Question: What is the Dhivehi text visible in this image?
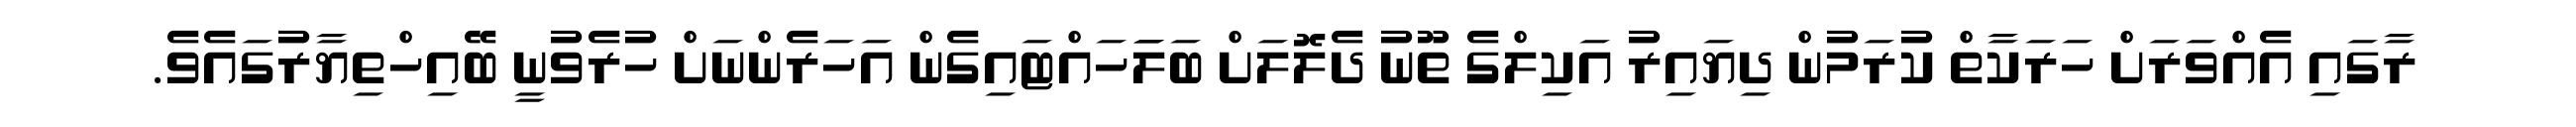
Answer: ރާގައި އެއްވަރަށް ހަރަކާތް ކުރަމުން ދިޔައިރު އަކިލްގެ ތޫނު ދެލޮލަށް ބަލަަހައްޓައިގެން އަހަރެންނަށް ހުރެވުނީ ބޭއިހްތިޔާރުގައެވެ.